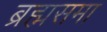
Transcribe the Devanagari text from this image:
ब्रह्मसमा